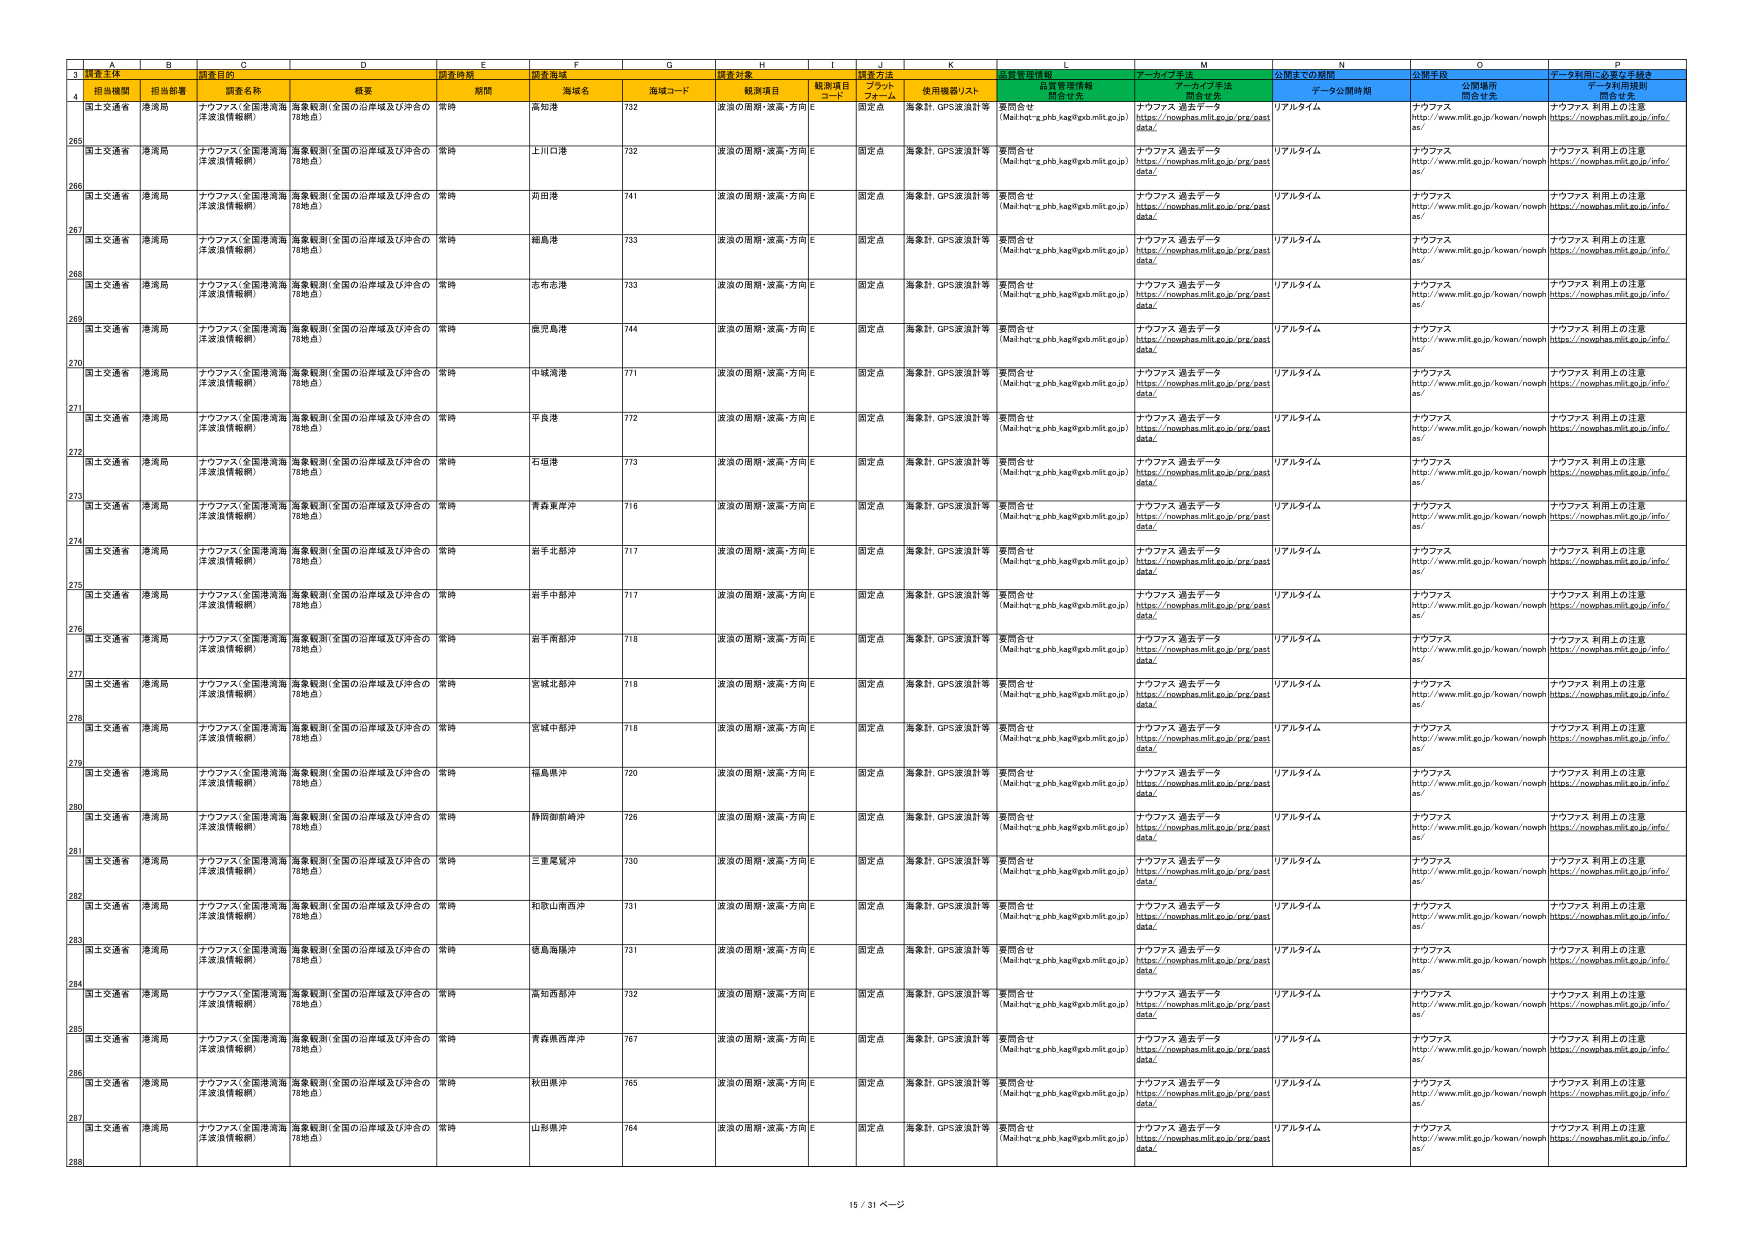
3 調査主体
調査目的
調査時期
調査海域
調査対象
調査方法
品質管理情報
アーカイブ手法
公開までの期間
公開手段
データ利用に必要な手続き
4 担当機関
担当部署
調査名称
概要
期間
海域名
海域コード
観測項目
観測項目コード
プラットフォーム
使用機器リスト
品質管理情報
関係者先
アーカイブ手法
関係者先
データ公開時期
公開場所
関係者先
データ利用規則
関係者先
265 国土交通省 港湾局 ナウファス（全国港湾海洋波浪情報網） 海象観測（全国の沿岸域及び沖合の78地点） 常時 高知港 732 波浪の周期・波高・方向 E 固定点 海象計、GPS波浪計等 要問合せ (Mail:ht-t-x.phb.kag@pob.mlit.go.jp) ナウファス 過去データ https://nowphas.mlit.go.jp/prg/past data/ リアルタイム ナウファス http://www.mlit.go.jp/kowan/nowphas/ ナウファス 利用上の注意 https://nowphas.mlit.go.jp/info/
266 国土交通省 港湾局 ナウファス（全国港湾海洋波浪情報網） 海象観測（全国の沿岸域及び沖合の78地点） 常時 上川口港 732 波浪の周期・波高・方向 E 固定点 海象計、GPS波浪計等 要問合せ (Mail:ht-t-x.phb.kag@pob.mlit.go.jp) ナウファス 過去データ https://nowphas.mlit.go.jp/prg/past data/ リアルタイム ナウファス http://www.mlit.go.jp/kowan/nowphas/ ナウファス 利用上の注意 https://nowphas.mlit.go.jp/info/
267 国土交通省 港湾局 ナウファス（全国港湾海洋波浪情報網） 海象観測（全国の沿岸域及び沖合の78地点） 常時 河田港 741 波浪の周期・波高・方向 E 固定点 海象計、GPS波浪計等 要問合せ (Mail:ht-t-x.phb.kag@pob.mlit.go.jp) ナウファス 過去データ https://nowphas.mlit.go.jp/prg/past data/ リアルタイム ナウファス http://www.mlit.go.jp/kowan/nowphas/ ナウファス 利用上の注意 https://nowphas.mlit.go.jp/info/
268 国土交通省 港湾局 ナウファス（全国港湾海洋波浪情報網） 海象観測（全国の沿岸域及び沖合の78地点） 常時 鯵島港 733 波浪の周期・波高・方向 E 固定点 海象計、GPS波浪計等 要問合せ (Mail:ht-t-x.phb.kag@pob.mlit.go.jp) ナウファス 過去データ https://nowphas.mlit.go.jp/prg/past data/ リアルタイム ナウファス http://www.mlit.go.jp/kowan/nowphas/ ナウファス 利用上の注意 https://nowphas.mlit.go.jp/info/
269 国土交通省 港湾局 ナウファス（全国港湾海洋波浪情報網） 海象観測（全国の沿岸域及び沖合の78地点） 常時 志布志港 733 波浪の周期・波高・方向 E 固定点 海象計、GPS波浪計等 要問合せ (Mail:ht-t-x.phb.kag@pob.mlit.go.jp) ナウファス 過去データ https://nowphas.mlit.go.jp/prg/past data/ リアルタイム ナウファス http://www.mlit.go.jp/kowan/nowphas/ ナウファス 利用上の注意 https://nowphas.mlit.go.jp/info/
270 国土交通省 港湾局 ナウファス（全国港湾海洋波浪情報網） 海象観測（全国の沿岸域及び沖合の78地点） 常時 鹿児島港 744 波浪の周期・波高・方向 E 固定点 海象計、GPS波浪計等 要問合せ (Mail:ht-t-x.phb.kag@pob.mlit.go.jp) ナウファス 過去データ https://nowphas.mlit.go.jp/prg/past data/ リアルタイム ナウファス http://www.mlit.go.jp/kowan/nowphas/ ナウファス 利用上の注意 https://nowphas.mlit.go.jp/info/
271 国土交通省 港湾局 ナウファス（全国港湾海洋波浪情報網） 海象観測（全国の沿岸域及び沖合の78地点） 常時 中城湾港 771 波浪の周期・波高・方向 E 固定点 海象計、GPS波浪計等 要問合せ (Mail:ht-t-x.phb.kag@pob.mlit.go.jp) ナウファス 過去データ https://nowphas.mlit.go.jp/prg/past data/ リアルタイム ナウファス http://www.mlit.go.jp/kowan/nowphas/ ナウファス 利用上の注意 https://nowphas.mlit.go.jp/info/
272 国土交通省 港湾局 ナウファス（全国港湾海洋波浪情報網） 海象観測（全国の沿岸域及び沖合の78地点） 常時 平良港 772 波浪の周期・波高・方向 E 固定点 海象計、GPS波浪計等 要問合せ (Mail:ht-t-x.phb.kag@pob.mlit.go.jp) ナウファス 過去データ https://nowphas.mlit.go.jp/prg/past data/ リアルタイム ナウファス http://www.mlit.go.jp/kowan/nowphas/ ナウファス 利用上の注意 https://nowphas.mlit.go.jp/info/
273 国土交通省 港湾局 ナウファス（全国港湾海洋波浪情報網） 海象観測（全国の沿岸域及び沖合の78地点） 常時 石垣港 773 波浪の周期・波高・方向 E 固定点 海象計、GPS波浪計等 要問合せ (Mail:ht-t-x.phb.kag@pob.mlit.go.jp) ナウファス 過去データ https://nowphas.mlit.go.jp/prg/past data/ リアルタイム ナウファス http://www.mlit.go.jp/kowan/nowphas/ ナウファス 利用上の注意 https://nowphas.mlit.go.jp/info/
274 国土交通省 港湾局 ナウファス（全国港湾海洋波浪情報網） 海象観測（全国の沿岸域及び沖合の78地点） 常時 青森東岸沖 716 波浪の周期・波高・方向 E 固定点 海象計、GPS波浪計等 要問合せ (Mail:ht-t-x.phb.kag@pob.mlit.go.jp) ナウファス 過去データ https://nowphas.mlit.go.jp/prg/past data/ リアルタイム ナウファス http://www.mlit.go.jp/kowan/nowphas/ ナウファス 利用上の注意 https://nowphas.mlit.go.jp/info/
275 国土交通省 港湾局 ナウファス（全国港湾海洋波浪情報網） 海象観測（全国の沿岸域及び沖合の78地点） 常時 岩手北部沖 717 波浪の周期・波高・方向 E 固定点 海象計、GPS波浪計等 要問合せ (Mail:ht-t-x.phb.kag@pob.mlit.go.jp) ナウファス 過去データ https://nowphas.mlit.go.jp/prg/past data/ リアルタイム ナウファス http://www.mlit.go.jp/kowan/nowphas/ ナウファス 利用上の注意 https://nowphas.mlit.go.jp/info/
276 国土交通省 港湾局 ナウファス（全国港湾海洋波浪情報網） 海象観測（全国の沿岸域及び沖合の78地点） 常時 岩手中部沖 717 波浪の周期・波高・方向 E 固定点 海象計、GPS波浪計等 要問合せ (Mail:ht-t-x.phb.kag@pob.mlit.go.jp) ナウファス 過去データ https://nowphas.mlit.go.jp/prg/past data/ リアルタイム ナウファス http://www.mlit.go.jp/kowan/nowphas/ ナウファス 利用上の注意 https://nowphas.mlit.go.jp/info/
277 国土交通省 港湾局 ナウファス（全国港湾海洋波浪情報網） 海象観測（全国の沿岸域及び沖合の78地点） 常時 岩手南部沖 718 波浪の周期・波高・方向 E 固定点 海象計、GPS波浪計等 要問合せ (Mail:ht-t-x.phb.kag@pob.mlit.go.jp) ナウファス 過去データ https://nowphas.mlit.go.jp/prg/past data/ リアルタイム ナウファス http://www.mlit.go.jp/kowan/nowphas/ ナウファス 利用上の注意 https://nowphas.mlit.go.jp/info/
278 国土交通省 港湾局 ナウファス（全国港湾海洋波浪情報網） 海象観測（全国の沿岸域及び沖合の78地点） 常時 宮城北部沖 718 波浪の周期・波高・方向 E 固定点 海象計、GPS波浪計等 要問合せ (Mail:ht-t-x.phb.kag@pob.mlit.go.jp) ナウファス 過去データ https://nowphas.mlit.go.jp/prg/past data/ リアルタイム ナウファス http://www.mlit.go.jp/kowan/nowphas/ ナウファス 利用上の注意 https://nowphas.mlit.go.jp/info/
279 国土交通省 港湾局 ナウファス（全国港湾海洋波浪情報網） 海象観測（全国の沿岸域及び沖合の78地点） 常時 宮城中部沖 718 波浪の周期・波高・方向 E 固定点 海象計、GPS波浪計等 要問合せ (Mail:ht-t-x.phb.kag@pob.mlit.go.jp) ナウファス 過去データ https://nowphas.mlit.go.jp/prg/past data/ リアルタイム ナウファス http://www.mlit.go.jp/kowan/nowphas/ ナウファス 利用上の注意 https://nowphas.mlit.go.jp/info/
280 国土交通省 港湾局 ナウファス（全国港湾海洋波浪情報網） 海象観測（全国の沿岸域及び沖合の78地点） 常時 福島県沖 720 波浪の周期・波高・方向 E 固定点 海象計、GPS波浪計等 要問合せ (Mail:ht-t-x.phb.kag@pob.mlit.go.jp) ナウファス 過去データ https://nowphas.mlit.go.jp/prg/past data/ リアルタイム ナウファス http://www.mlit.go.jp/kowan/nowphas/ ナウファス 利用上の注意 https://nowphas.mlit.go.jp/info/
281 国土交通省 港湾局 ナウファス（全国港湾海洋波浪情報網） 海象観測（全国の沿岸域及び沖合の78地点） 常時 静岡御前崎沖 726 波浪の周期・波高・方向 E 固定点 海象計、GPS波浪計等 要問合せ (Mail:ht-t-x.phb.kag@pob.mlit.go.jp) ナウファス 過去データ https://nowphas.mlit.go.jp/prg/past data/ リアルタイム ナウファス http://www.mlit.go.jp/kowan/nowphas/ ナウファス 利用上の注意 https://nowphas.mlit.go.jp/info/
282 国土交通省 港湾局 ナウファス（全国港湾海洋波浪情報網） 海象観測（全国の沿岸域及び沖合の78地点） 常時 三重尾鷲沖 730 波浪の周期・波高・方向 E 固定点 海象計、GPS波浪計等 要問合せ (Mail:ht-t-x.phb.kag@pob.mlit.go.jp) ナウファス 過去データ https://nowphas.mlit.go.jp/prg/past data/ リアルタイム ナウファス http://www.mlit.go.jp/kowan/nowphas/ ナウファス 利用上の注意 https://nowphas.mlit.go.jp/info/
283 国土交通省 港湾局 ナウファス（全国港湾海洋波浪情報網） 海象観測（全国の沿岸域及び沖合の78地点） 常時 和歌山南西沖 731 波浪の周期・波高・方向 E 固定点 海象計、GPS波浪計等 要問合せ (Mail:ht-t-x.phb.kag@pob.mlit.go.jp) ナウファス 過去データ https://nowphas.mlit.go.jp/prg/past data/ リアルタイム ナウファス http://www.mlit.go.jp/kowan/nowphas/ ナウファス 利用上の注意 https://nowphas.mlit.go.jp/info/
284 国土交通省 港湾局 ナウファス（全国港湾海洋波浪情報網） 海象観測（全国の沿岸域及び沖合の78地点） 常時 徳島海陽沖 731 波浪の周期・波高・方向 E 固定点 海象計、GPS波浪計等 要問合せ (Mail:ht-t-x.phb.kag@pob.mlit.go.jp) ナウファス 過去データ https://nowphas.mlit.go.jp/prg/past data/ リアルタイム ナウファス http://www.mlit.go.jp/kowan/nowphas/ ナウファス 利用上の注意 https://nowphas.mlit.go.jp/info/
285 国土交通省 港湾局 ナウファス（全国港湾海洋波浪情報網） 海象観測（全国の沿岸域及び沖合の78地点） 常時 高知西部沖 732 波浪の周期・波高・方向 E 固定点 海象計、GPS波浪計等 要問合せ (Mail:ht-t-x.phb.kag@pob.mlit.go.jp) ナウファス 過去データ https://nowphas.mlit.go.jp/prg/past data/ リアルタイム ナウファス http://www.mlit.go.jp/kowan/nowphas/ ナウファス 利用上の注意 https://nowphas.mlit.go.jp/info/
286 国土交通省 港湾局 ナウファス（全国港湾海洋波浪情報網） 海象観測（全国の沿岸域及び沖合の78地点） 常時 青森県西岸沖 767 波浪の周期・波高・方向 E 固定点 海象計、GPS波浪計等 要問合せ (Mail:ht-t-x.phb.kag@pob.mlit.go.jp) ナウファス 過去データ https://nowphas.mlit.go.jp/prg/past data/ リアルタイム ナウファス http://www.mlit.go.jp/kowan/nowphas/ ナウファス 利用上の注意 https://nowphas.mlit.go.jp/info/
287 国土交通省 港湾局 ナウファス（全国港湾海洋波浪情報網） 海象観測（全国の沿岸域及び沖合の78地点） 常時 秋田県沖 765 波浪の周期・波高・方向 E 固定点 海象計、GPS波浪計等 要問合せ (Mail:ht-t-x.phb.kag@pob.mlit.go.jp) ナウファス 過去データ https://nowphas.mlit.go.jp/prg/past data/ リアルタイム ナウファス http://www.mlit.go.jp/kowan/nowphas/ ナウファス 利用上の注意 https://nowphas.mlit.go.jp/info/
288 国土交通省 港湾局 ナウファス（全国港湾海洋波浪情報網） 海象観測（全国の沿岸域及び沖合の78地点） 常時 山形県沖 764 波浪の周期・波高・方向 E 固定点 海象計、GPS波浪計等 要問合せ (Mail:ht-t-x.phb.kag@pob.mlit.go.jp) ナウファス 過去データ https://nowphas.mlit.go.jp/prg/past data/ リアルタイム ナウファス http://www.mlit.go.jp/kowan/nowphas/ ナウファス 利用上の注意 https://nowphas.mlit.go.jp/info/
15 / 31 ページ